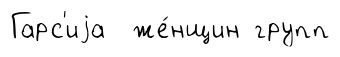
Гарс'иjа же́нщин групп